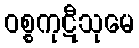
ဝစ္စကုဋီသုမေ